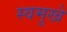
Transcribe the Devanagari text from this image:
स्वमुखे